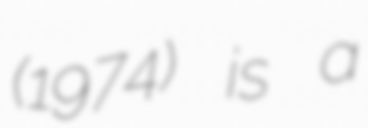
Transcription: (1974) is a